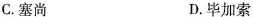
C.塞尚 D.毕加索